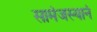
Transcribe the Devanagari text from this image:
सामंजस्यानं